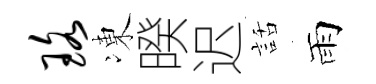
珞凍暌迟話雨